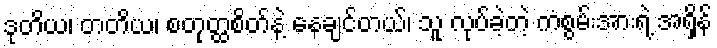
ဒုတိယ၊ တတိယ၊ စတုတ္ထစိတ်နဲ့ နေချင်တယ်၊ သူ လုပ်ခဲ့တဲ့ ကံစွမ်းအားရဲ့ အရှိန်